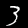
Digit: 3